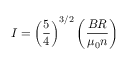
I = \left( { \frac { 5 } { 4 } } \right) ^ { 3 / 2 } \left( { \frac { B R } { \mu _ { 0 } n } } \right)